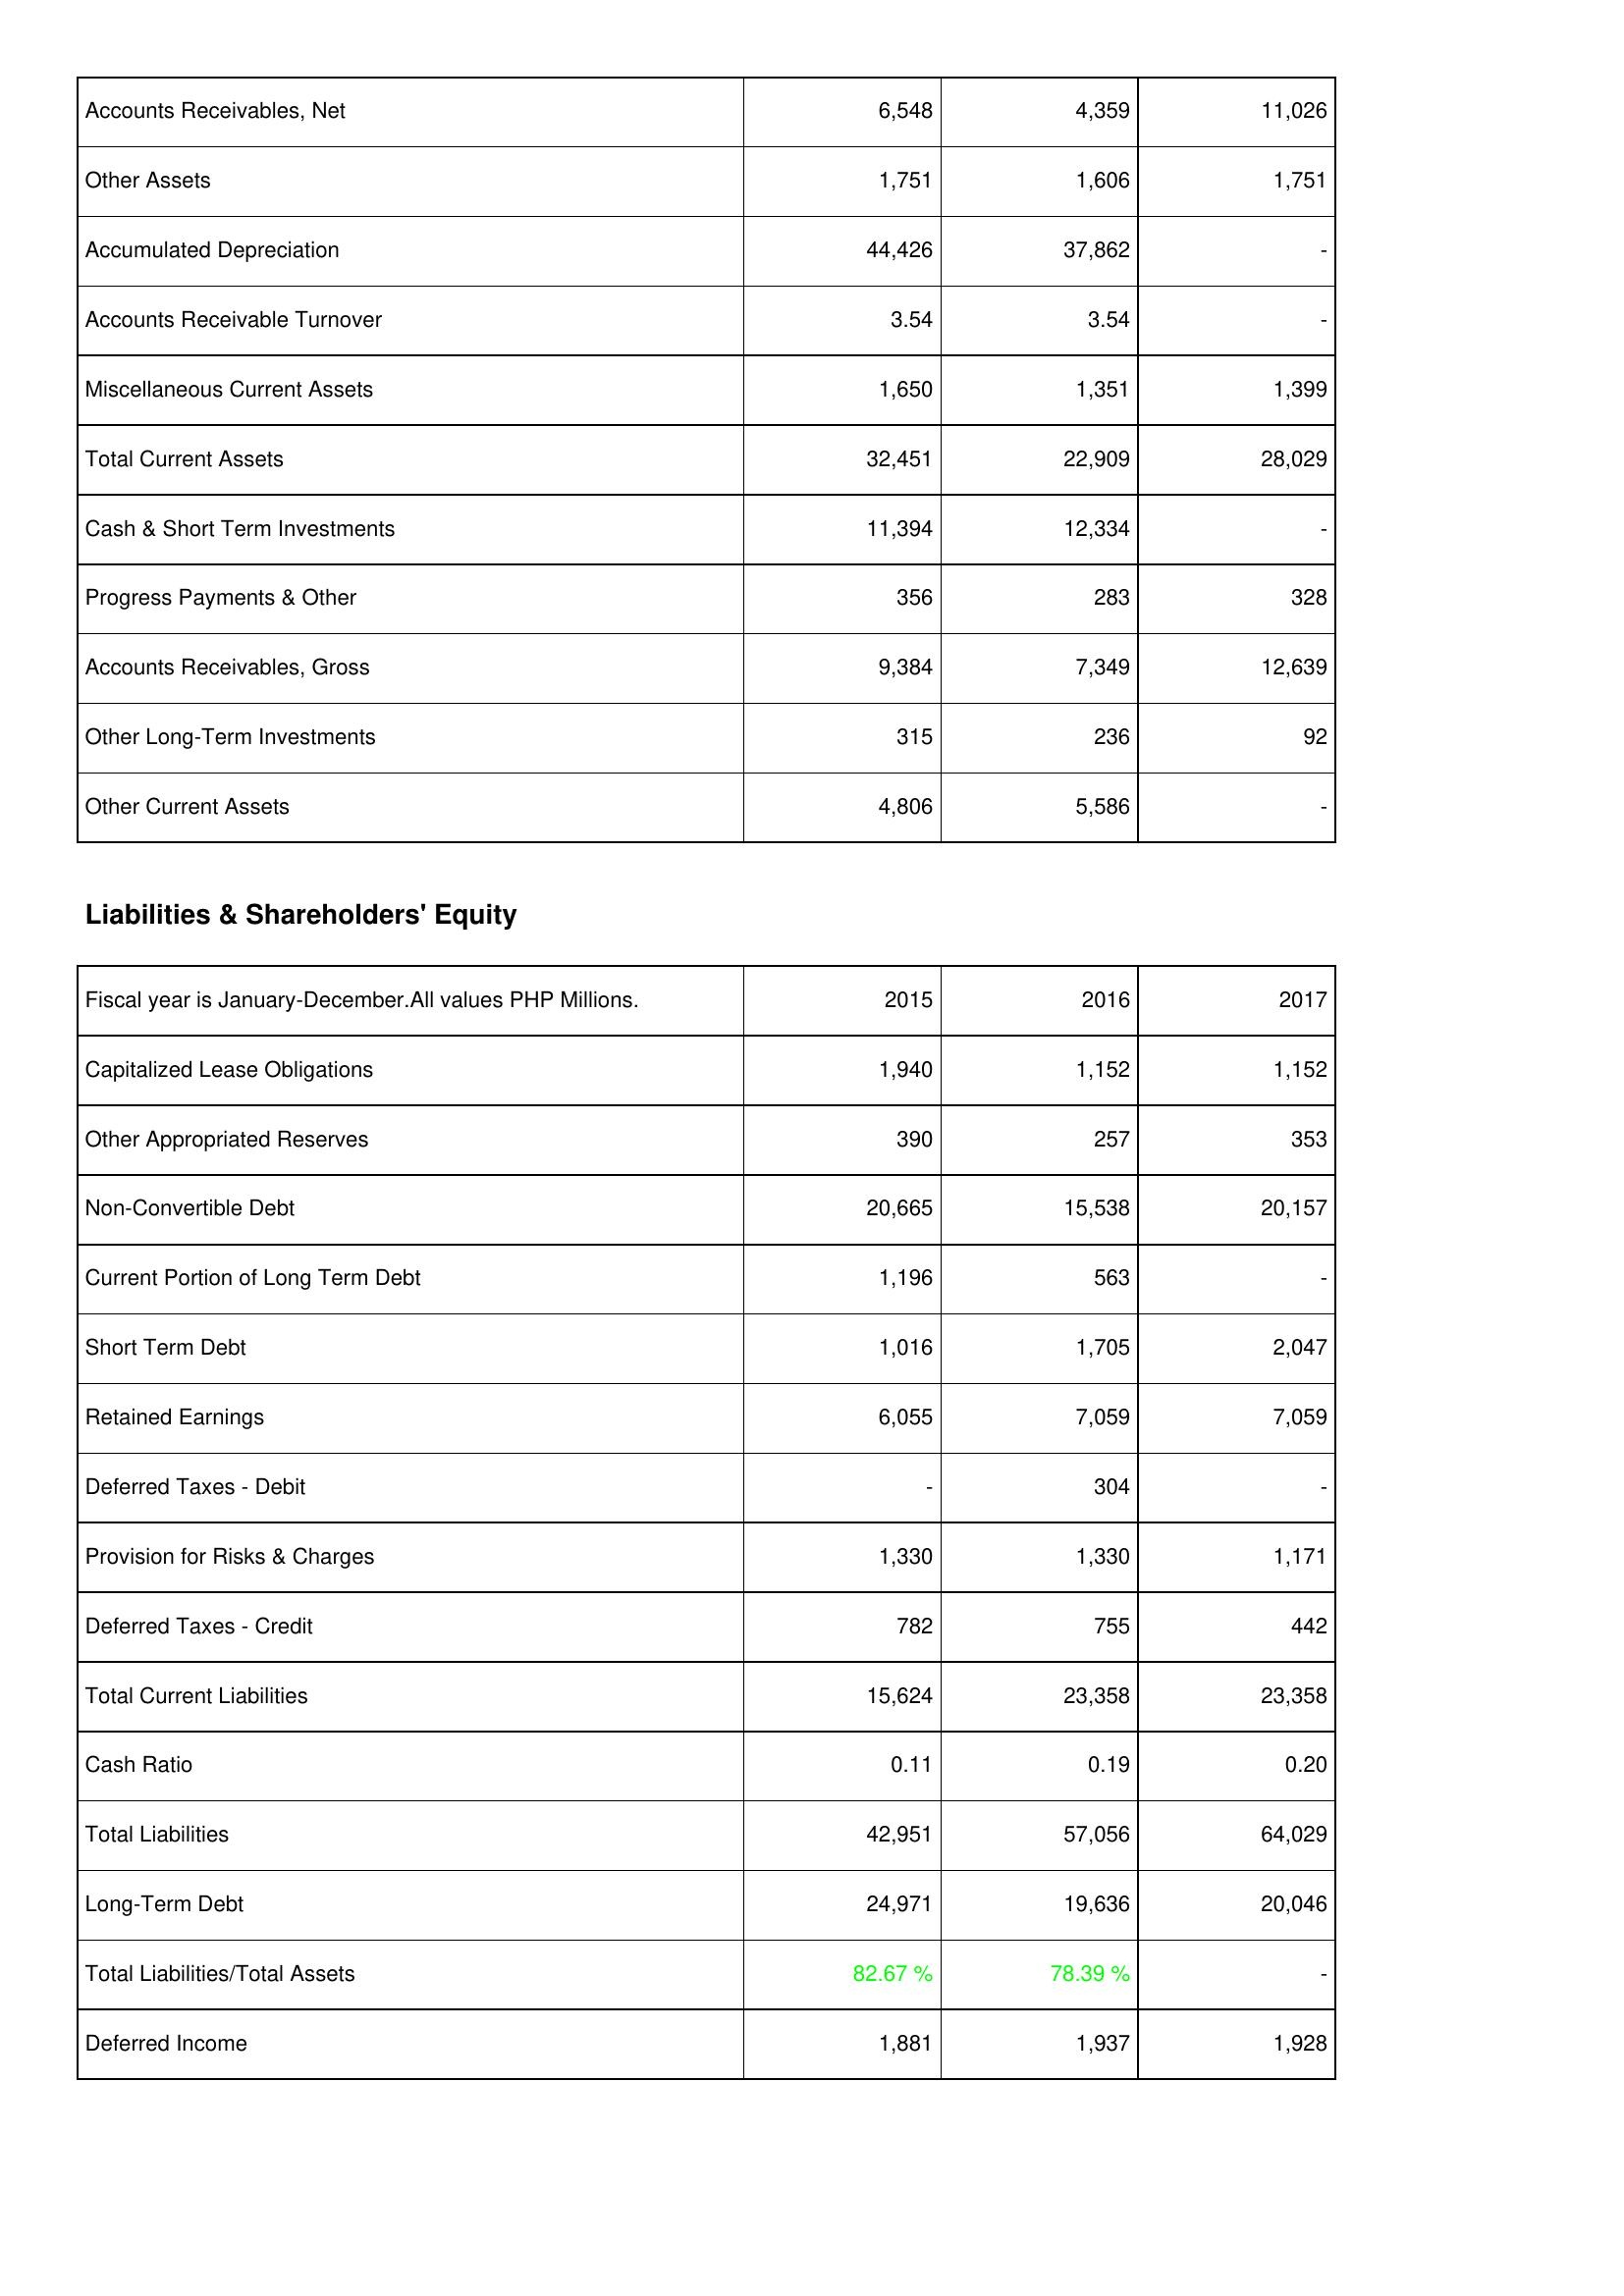
2015: Assets: Accounts Receivables, Net: 6,548
Other Assets: 1,751
Accumulated Depreciation: 44,426
Accounts Receivable Turnover: 3.54
Miscellaneous Current Assets: 1,650
Total Current Assets: 32,451
Cash & Short Term Investments: 11,394
Progress Payments & Other: 356
Accounts Receivables, Gross: 9,384
Other Long-Term Investments: 315
Other Current Assets: 4,806
Liabilities & Shareholders' Equity: Capitalized Lease Obligations: 1,940
Other Appropriated Reserves: 390
Non-Convertible Debt: 20,665
Current Portion of Long Term Debt: 1,196
Short Term Debt: 1,016
Retained Earnings: 6,055
Deferred Taxes - Debit: -
Provision for Risks & Charges: 1,330
Deferred Taxes - Credit: 782
Total Current Liabilities: 15,624
Cash Ratio: 0.11
Total Liabilities: 42,951
Long-Term Debt: 24,971
Total Liabilities/Total Assets: 82.67 %
Deferred Income: 1,881
2016: Assets: Accounts Receivables, Net: 4,359
Other Assets: 1,606
Accumulated Depreciation: 37,862
Accounts Receivable Turnover: 3.54
Miscellaneous Current Assets: 1,351
Total Current Assets: 22,909
Cash & Short Term Investments: 12,334
Progress Payments & Other: 283
Accounts Receivables, Gross: 7,349
Other Long-Term Investments: 236
Other Current Assets: 5,586
Liabilities & Shareholders' Equity: Capitalized Lease Obligations: 1,152
Other Appropriated Reserves: 257
Non-Convertible Debt: 15,538
Current Portion of Long Term Debt: 563
Short Term Debt: 1,705
Retained Earnings: 7,059
Deferred Taxes - Debit: 304
Provision for Risks & Charges: 1,330
Deferred Taxes - Credit: 755
Total Current Liabilities: 23,358
Cash Ratio: 0.19
Total Liabilities: 57,056
Long-Term Debt: 19,636
Total Liabilities/Total Assets: 78.39 %
Deferred Income: 1,937
2017: Assets: Accounts Receivables, Net: 11,026
Other Assets: 1,751
Accumulated Depreciation: -
Accounts Receivable Turnover: -
Miscellaneous Current Assets: 1,399
Total Current Assets: 28,029
Cash & Short Term Investments: -
Progress Payments & Other: 328
Accounts Receivables, Gross: 12,639
Other Long-Term Investments: 92
Other Current Assets: -
Liabilities & Shareholders' Equity: Capitalized Lease Obligations: 1,152
Other Appropriated Reserves: 353
Non-Convertible Debt: 20,157
Current Portion of Long Term Debt: -
Short Term Debt: 2,047
Retained Earnings: 7,059
Deferred Taxes - Debit: -
Provision for Risks & Charges: 1,171
Deferred Taxes - Credit: 442
Total Current Liabilities: 23,358
Cash Ratio: 0.20
Total Liabilities: 64,029
Long-Term Debt: 20,046
Total Liabilities/Total Assets: -
Deferred Income: 1,928